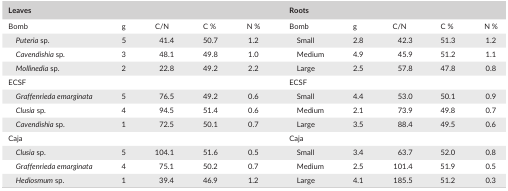
| <COLSPAN=5> Leaves | <COLSPAN=5> Roots |
 | --- | --- | --- | --- | --- | --- | --- | --- | --- | --- |
 | Bomb | g | C/N | C % | N % | Bomb | g | C/N | C % | N % |
 | Puteria sp. | 5 | 41.4 | 50.7 | 1.2 | Small | 2.8 | 42.3 | 51.3 | 1.2 |
 | Cavendishia sp. | 3 | 48.1 | 49.8 | 1.0 | Medium | 4.9 | 45.9 | 51.2 | 1.1 |
 | Mollinedia sp. | 2 | 22.8 | 49.2 | 2.2 | Large | 2.5 | 57.8 | 47.8 | 0.8 |
 | <COLSPAN=5> ECSF | <COLSPAN=5> ECSF |
 | Graffenrieda emarginata | 5 | 76.5 | 49.2 | 0.6 | Small | 4.4 | 53.0 | 50.1 | 0.9 |
 | Clusia sp. | 4 | 94.5 | 51.4 | 0.6 | Medium | 2.1 | 73.9 | 49.8 | 0.7 |
 | Cavendishia sp. | 1 | 72.5 | 50.1 | 0.7 | Large | 3.5 | 88.4 | 49.5 | 0.6 |
 | <COLSPAN=5> Caja | <COLSPAN=5> Caja |
 | Clusia sp. | 5 | 104.1 | 51.6 | 0.5 | Small | 3.4 | 63.7 | 52.0 | 0.8 |
 | Graffenrieda emarginata | 4 | 75.1 | 50.2 | 0.7 | Medium | 2.5 | 101.4 | 51.9 | 0.5 |
 | Hediosmum sp. | 1 | 39.4 | 46.9 | 1.2 | Large | 4.1 | 185.5 | 51.2 | 0.3 |